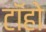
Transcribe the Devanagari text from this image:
टॉहो